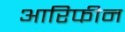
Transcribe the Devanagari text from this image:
आरिफीन